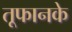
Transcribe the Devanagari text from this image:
तूफानके